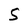
Character: S